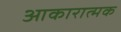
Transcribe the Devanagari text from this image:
आकारात्मक